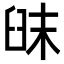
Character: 𦥦